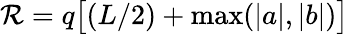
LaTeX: \mathcal{R}=q\big[(L/2)+\operatorname*{max}(|a|,|b|)\big]